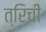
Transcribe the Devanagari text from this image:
त्रिची